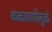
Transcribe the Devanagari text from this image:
कळाटणीमुळे